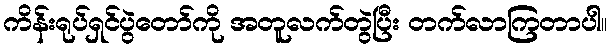
ကိန်းရုပ်ရှင်ပွဲတော်ကို အတူလက်တွဲပြီး တက်လာကြတာပါ။